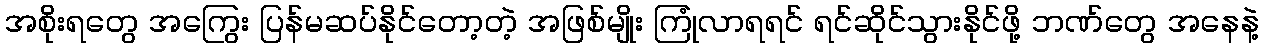
အစိုးရတွေ အကြွေး ပြန်မဆပ်နိုင်တော့တဲ့ အဖြစ်မျိုး ကြုံလာရရင် ရင်ဆိုင်သွားနိုင်ဖို့ ဘဏ်တွေ အနေနဲ့